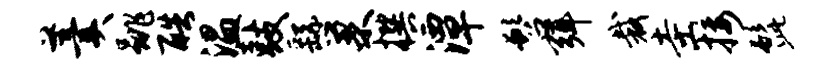
羹跳酷温鼓繇巢撰潭髫弭裁圭接髭